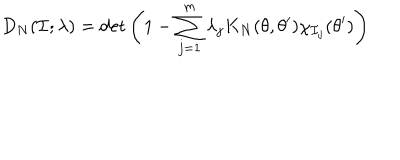
D _ { N } ( { \cal I } ; \lambda ) = \det \left( 1 - \sum _ { j = 1 } ^ { m } \lambda _ { j } K _ { N } ( \theta , \theta ^ { \prime } ) \chi _ { { \cal I } _ { j } } ( \theta ^ { \prime } ) \right)